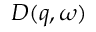
D ( q , \omega )